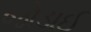
જોડાઈ